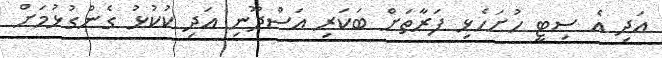
އަދި އެ ސިޓީ ހުށަހެޅި ފަރާތަށް ބަކަރި އަސްދޫނި އަދި ކުކުޅު ގެންގުޅުމަށް